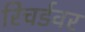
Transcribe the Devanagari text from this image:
रिचर्डवर